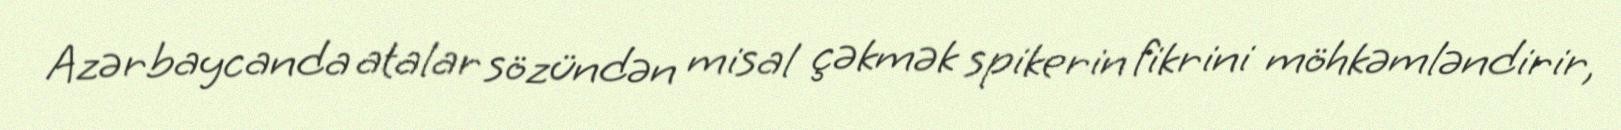
Azərbaycanda atalar sözündən misal çəkmək spikerin fikrini möhkəmləndirir,